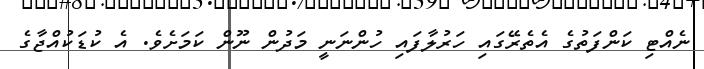
ނެއްޓި ކަންފަތުގެ އެތެރޭގައި ހަރުލާފައި ހުންނަނީ މަދުން ނޫން ކަމަށެވެ. އެ ކުޑަކުއްޖާގެ